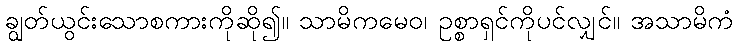
ချွတ်ယွင်းသောစကားကိုဆို၍။ သာမိကမေဝ၊ ဥစ္စာရှင်ကိုပင်လျှင်။ အသာမိကံ